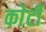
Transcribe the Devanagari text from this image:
काेटी